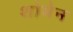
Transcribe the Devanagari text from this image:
शोमेन